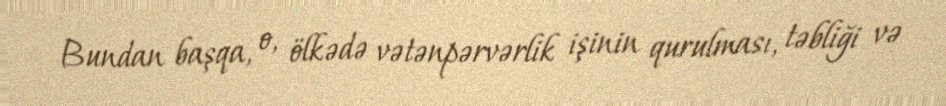
Bundan başqa, o, ölkədə vətənpərvərlik işinin qurulması, təbliği və